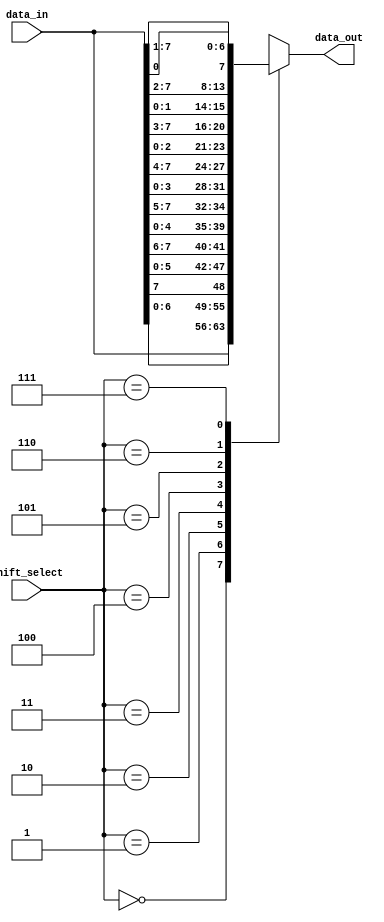
module Barrel_Shifter (
    input [7:0] data_in,
    input [2:0] shift_select,
    output reg [7:0] data_out
);

always @(*) begin
    case(shift_select)
        3'b000: data_out = data_in; // no shift
        3'b001: data_out = {data_in[6:0], data_in[7]}; // 1-bit right shift
        3'b010: data_out = {data_in[5:0], data_in[7:6]}; // 2-bit right shift
        3'b011: data_out = {data_in[4:0], data_in[7:5]}; // 3-bit right shift
        3'b100: data_out = {data_in[3:0], data_in[7:4]}; // 4-bit right shift
        3'b101: data_out = {data_in[2:0], data_in[7:3]}; // 5-bit right shift
        3'b110: data_out = {data_in[1:0], data_in[7:2]}; // 6-bit right shift
        3'b111: data_out = {data_in[0], data_in[7:1]}; // 7-bit right shift
        default: data_out = data_in;
    endcase
end

endmodule